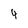
Character: 4